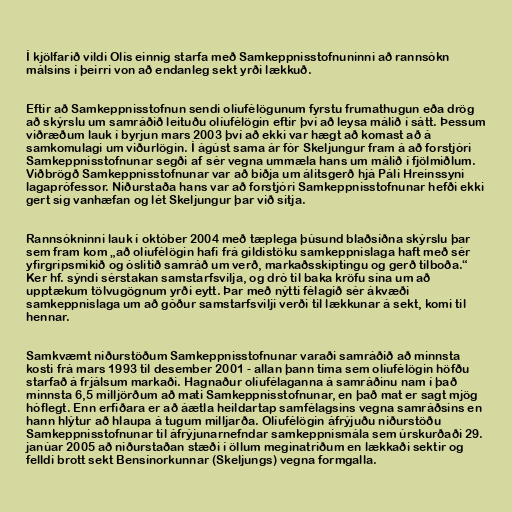
Í kjölfarið vildi Olís einnig starfa með Samkeppnisstofnuninni að rannsókn
málsins í þeirri von að endanleg sekt yrði lækkuð.

Eftir að Samkeppnisstofnun sendi olíufélögunum fyrstu frumathugun eða drög
að skýrslu um samráðið leituðu olíufélögin eftir því að leysa málið í sátt. Þessum
viðræðum lauk í byrjun mars 2003 því að ekki var hægt að komast að á
samkomulagi um viðurlögin. Í ágúst sama ár fór Skeljungur fram á að forstjóri
Samkeppnisstofnunar segði af sér vegna ummæla hans um málið í fjölmiðlum.
Viðbrögð Samkeppnisstofnunar var að biðja um álitsgerð hjá Páli Hreinssyni
lagaprófessor. Niðurstaða hans var að forstjóri Samkeppnisstofnunar hefði ekki
gert sig vanhæfan og lét Skeljungur þar við sitja.

Rannsókninni lauk í október 2004 með tæplega þúsund blaðsíðna skýrslu þar
sem fram kom „að olíufélögin hafi frá gildistöku samkeppnislaga haft með sér
yfirgripsmikið og óslitið samráð um verð, markaðsskiptingu og gerð tilboða.“
Ker hf. sýndi sérstakan samstarfsvilja, og dró til baka kröfu sína um að
upptækum tölvugögnum yrði eytt. Þar með nýtti félagið sér ákvæði
samkeppnislaga um að góður samstarfsvilji verði til lækkunar á sekt, komi til
hennar.

Samkvæmt niðurstöðum Samkeppnisstofnunar varaði samráðið að minnsta
kosti frá mars 1993 til desember 2001 - allan þann tíma sem olíufélögin höfðu
starfað á frjálsum markaði. Hagnaður olíufélaganna á samráðinu nam í það
minnsta 6,5 milljörðum að mati Samkeppnisstofnunar, en það mat er sagt mjög
hóflegt. Enn erfiðara er að áætla heildartap samfélagsins vegna samráðsins en
hann hlýtur að hlaupa á tugum milljarða. Olíufélögin áfrýjuðu niðurstöðu
Samkeppnisstofnunar til áfrýjunarnefndar samkeppnismála sem úrskurðaði 29.
janúar 2005 að niðurstaðan stæði í öllum meginatriðum en lækkaði sektir og
felldi brott sekt Bensínorkunnar (Skeljungs) vegna formgalla.